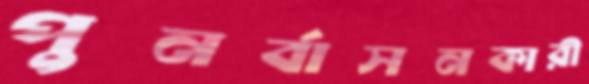
পুনর্বাসনকারী